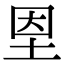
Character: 𡋘